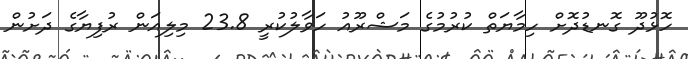
ހޮޅުދޫ ގޮނޑުދޮށް ހިމާޔަތް ކުރުމުގެ މަޝްރޫއު ހަވާލުކުރީ 23.8 މިލިއަން ރުފިޔާގެ ދަށުން